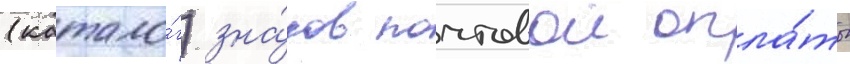
(катало́г) зна́ков почтовои опла́ты